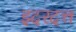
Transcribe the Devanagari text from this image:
इदरदत्त